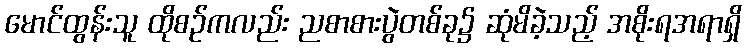
မောင်ထွန်းသူ ထိုစဉ်ကလည်း ညစာစားပွဲတစ်ခု၌ ဆုံမိခဲ့သည့် အစိုးရအရာရှိ